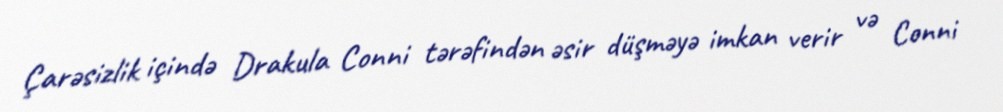
Çarəsizlik içində Drakula Conni tərəfindən əsir düşməyə imkan verir və Conni